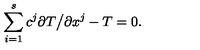
\sum _ { i = 1 } ^ { s } c ^ { j } \partial T \bigl / \partial x ^ { j } - T = 0 .